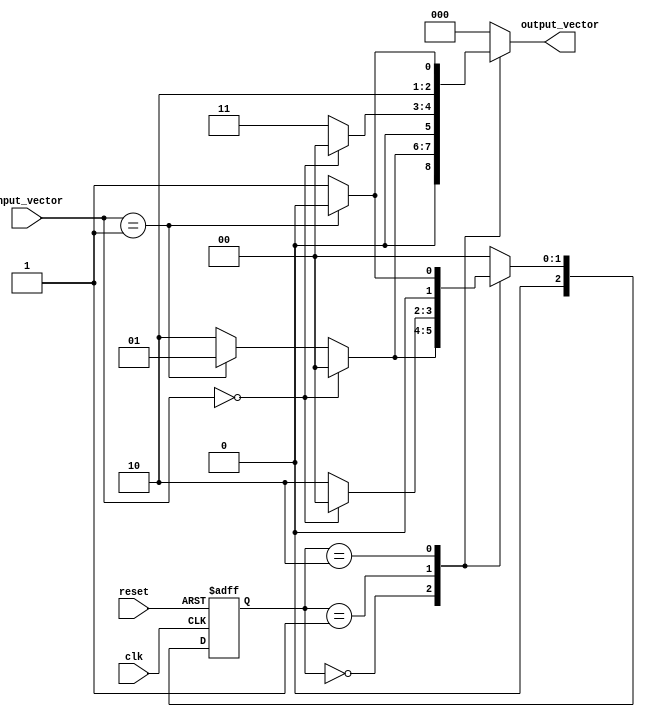
module MealyStateMachine (
    input wire clk,                // Clock signal
    input wire reset,              // Asynchronous reset
    input wire [M-1:0] input_vector, // Input vector
    output reg [N-1:0] output_vector // Output vector
);
    // Parameters
    parameter N = 3;               // Number of bits for state encoding (number of states = 2^N)
    parameter M = 2;               // Number of bits for input encoding
    parameter STATE_A = 3'b000;    // State A
    parameter STATE_B = 3'b001;    // State B
    parameter STATE_C = 3'b010;    // State C
    // Add more states as needed

    // State register
    reg [N-1:0] current_state, next_state;

    // State transition logic
    always @(*) begin
        case (current_state)
            STATE_A: begin
                if (input_vector == 2'b00) begin
                    next_state = STATE_A;
                    output_vector = 3'b000; // Output for STATE_A
                end else if (input_vector == 2'b01) begin
                    next_state = STATE_B;
                    output_vector = 3'b001; // Output for STATE_B
                end else begin
                    next_state = STATE_C;
                    output_vector = 3'b010; // Output for STATE_C
                end
            end
            STATE_B: begin
                // Define transitions and outputs for STATE_B
                if (input_vector == 2'b00) begin
                    next_state = STATE_A;
                    output_vector = 3'b000; // Output for STATE_A
                end else begin
                    next_state = STATE_C;
                    output_vector = 3'b011; // Output for STATE_C
                end
            end
            STATE_C: begin
                // Define transitions and outputs for STATE_C
                if (input_vector == 2'b01) begin
                    next_state = STATE_A;
                    output_vector = 3'b100; // Output for STATE_A
                end else begin
                    next_state = STATE_B;
                    output_vector = 3'b101; // Output for STATE_B
                end
            end
            default: begin
                next_state = STATE_A; // Default to STATE_A
                output_vector = 3'b000; // Default output
            end
        endcase
    end

    // Sequential logic (state storage)
    always @(posedge clk or posedge reset) begin
        if (reset) begin
            current_state <= STATE_A; // Reset to initial state
        end else begin
            current_state <= next_state; // Update current state
        end
    end

endmodule